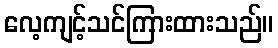
လေ့ကျင့်သင်ကြားထားသည်။